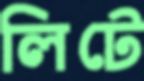
লিটে